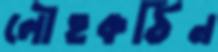
লৌহকঠিন